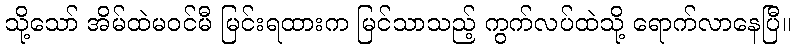
သို့သော် အိမ်ထဲမဝင်မီ မြင်းရထားက မြင်သာသည့် ကွက်လပ်ထဲသို့ ရောက်လာနေပြီ။